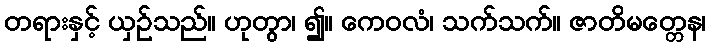
တရားနှင့် ယှဉ်သည်။ ဟုတွာ၊ ၍။ ကေဝလံ၊ သက်သက်။ ဇာတိမတ္တေန၊